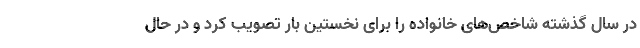
در سال گذشته شاخص‌های خانواده را برای نخستین بار تصویب کرد و در حال